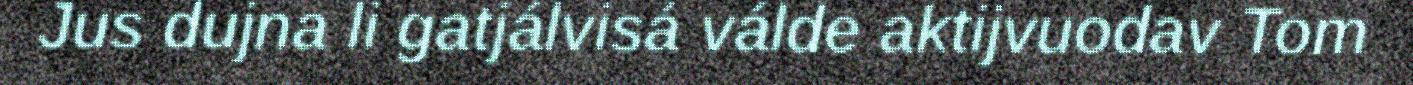
Jus dujna li gatjálvisá válde aktijvuodav Tom